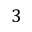
3